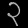
Digit: ၃